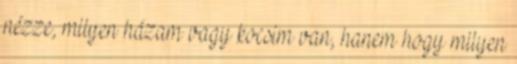
nézze, milyen házam vagy kocsim van, hanem hogy milyen